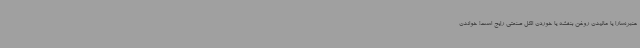
عنبرنسارا یا مالیدن روغن بنفشه یا خوردن الکل صنعتی رایج است! خواندن